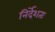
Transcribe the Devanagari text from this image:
निर्देशतः